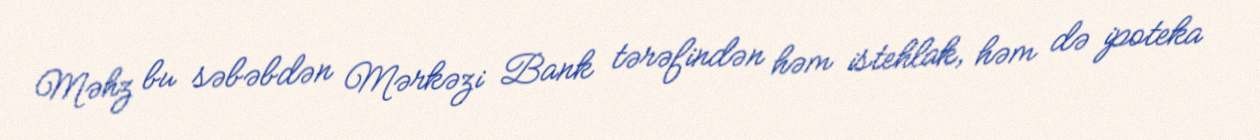
Məhz bu səbəbdən Mərkəzi Bank tərəfindən həm istehlak, həm də ipoteka